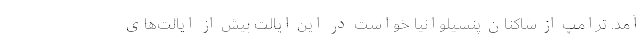
آمد. ترامپ از ساکنان پنسیلوانیا خواست در این ایالت بیش از ایالت‌های